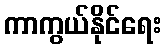
ကာကွယ်နိုင်ရေး